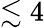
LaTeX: \lesssim 4